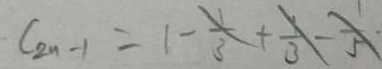
C _ { 2 n - 1 } = 1 - \frac { 1 } { 3 } + \frac { 1 } { 3 } - \frac { 1 } { 5 }